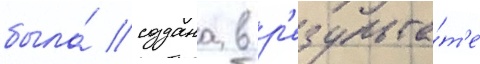
была́ создана в р'езульта́т'е